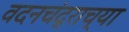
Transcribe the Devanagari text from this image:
वदनचंद्राच्या